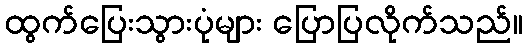
ထွက်ပြေးသွားပုံများ ပြောပြလိုက်သည်။